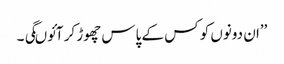
’’ان دونوں کو کس کے پاس چھوڑ کر آئوںگی ۔